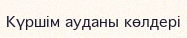
Күршім ауданы көлдері